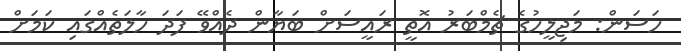
ހަަސަން: މަޖިލީހުގެ ޗެމްބަރު އޮތީ ރައީސަށް ބަޔާން ދެއްވޭ ފަދަ ހާލަތެއްގައި ކަމަށް